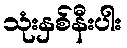
သုံးနှစ်နီးပါး